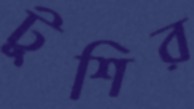
টুশির